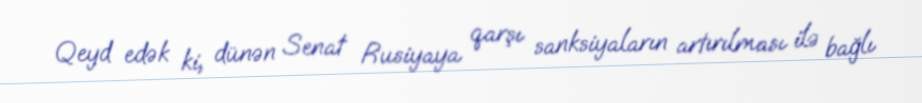
Qeyd edək ki, dünən Senat Rusiyaya qarşı sanksiyaların artırılması ilə bağlı